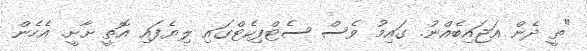
"ތީ ދެން އަޖައިބެއްނު. ގައިމު ވެސް ސެޓްފިކެޓްގައި ލިޔެފައި އޮތީ ށާށީ. އެހެން